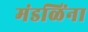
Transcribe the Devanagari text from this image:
मंडळिंना